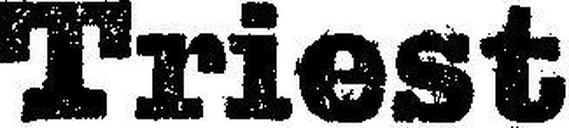
Triest